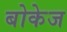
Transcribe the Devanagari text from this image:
बोकेज